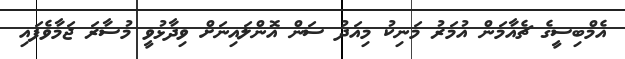
އެމްބިސީގެ ޗެއާމަން އުމަރު މަނިކު މިއަދު ސަން އޮންލައިނަށް ވިދާޅުވީ މުސާރަ ޖަމާވެފައި